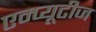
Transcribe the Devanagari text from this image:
एम्प्यूटीज